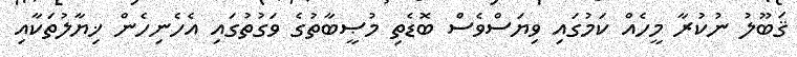
ޤަބޫލު ނުކުރާ މީހެއް ކަމުގައި ވިޔަސްވެސް ބޮޑެތި މުޞީބާތުގެ ވަގުތުގައި އެހެނިހެން ޚިޔާލުތަކާއި